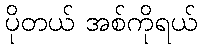
ပိုတယ် အစ်ကိုရယ်